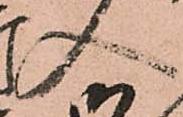
入